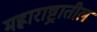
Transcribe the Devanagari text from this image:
मह्राराष्ट्रातील